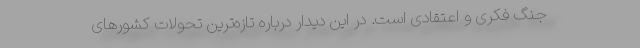
جنگ فکری و اعتقادی است. در این دیدار درباره تازه‌ترین تحولات کشورهای